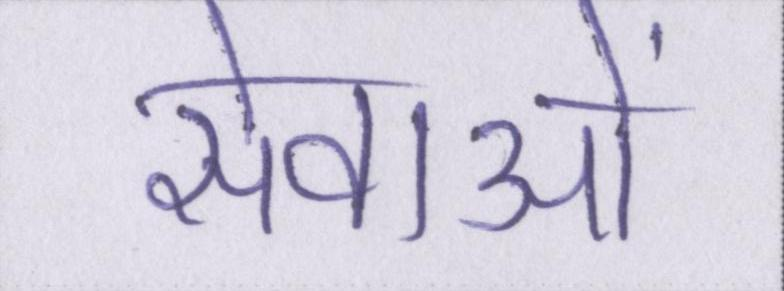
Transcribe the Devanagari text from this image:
सेवाओं